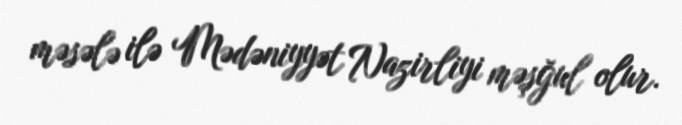
məsələ ilə Mədəniyyət Nazirliyi məşğul olur.